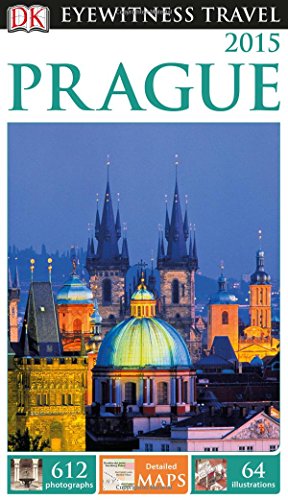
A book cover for DK Eyewitness Travel Guide: Prague; DK Publishing; Travel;